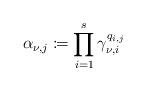
LaTeX: \begin{align*} \alpha_{\nu,j} \coloneqq \prod_{i=1}^s \gamma_{\nu,i}^{q_{i,j}} \end{align*}